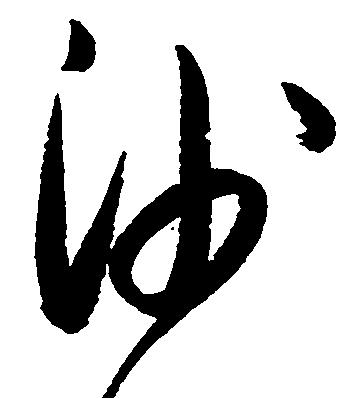
沙